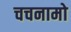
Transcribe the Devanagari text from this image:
चचनामो